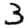
Digit: 3